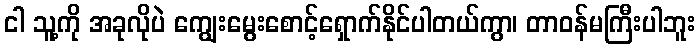
ငါ သူ့ကို အခုလိုပဲ ကျွေးမွေးစောင့်ရှောက်နိုင်ပါတယ်ကွာ၊ တာဝန်မကြီးပါဘူး